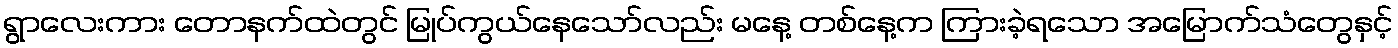
ရွာလေးကား တောနက်ထဲတွင် မြုပ်ကွယ်နေသော်လည်း မနေ့ တစ်နေ့က ကြားခဲ့ရသော အမြောက်သံတွေနှင့်